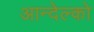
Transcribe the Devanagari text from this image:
आन्देल्को